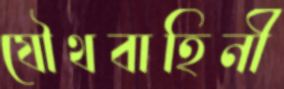
যৌথবাহিনী